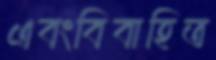
এবংবিবাহিত